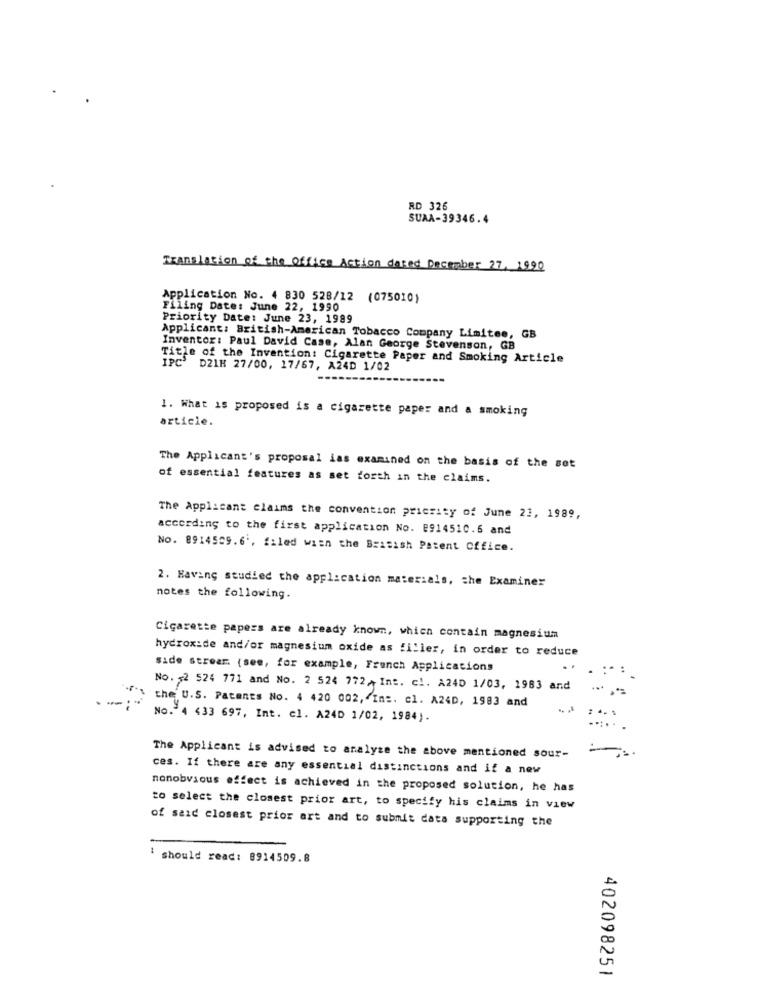
RD 326
SUAA-39346.4
Translation of the Office Action dared December 27, 1990
Application No. 4 830 528/12 (075010)
Filing Date: June 22, 1990
Priority Date: June 23, 1989
Applicant: British-American Tobacco Company Limites, GB
Inventor: Paul David Case, Alan George Stevenson, GB
Title of the Invention: Cigarette Paper and Smoking Article
IPC DZ1H 27/00, 17/67, A24D 1/02
1. What is proposed is a cigarette paper and a smoking
article.
The Applicant's proposal ias examined on the basis of the set
of essential features as set forth in the claims.
The Applicant claims the convention priezity of June 23, 1989,
according to the first application No. 8914510.6 and
NO. 8914509.6', filed with the British Patent Office.
2. Having studied the application materials, the Examiner
notes the following.
Cigarette papers are already known, which contain magnesium
hydroxide and/or magnesium oxide as filler, in order to reduce
side streer (see, for example, French Applications
..
No. 52 524 771 and No. 2 524 772 ,- Ins. cl. A240 1/03, 1983 and
the U.S. Patents No. 4 420 002, In :. cl. A24D, 1983 and
No. 4 433 697, Int. c1. A24D 1/02, 1984).
The Applicant is advised to analyse the above mentioned sour-
ces. If there are any essential distinctions and if a new
nonobvious effect is achieved in the proposed solution, he has
to select the closest prior art, to specify his claims in view
of said closest prior art and to submit data supporting the
i should read: 8914509.8
402098251